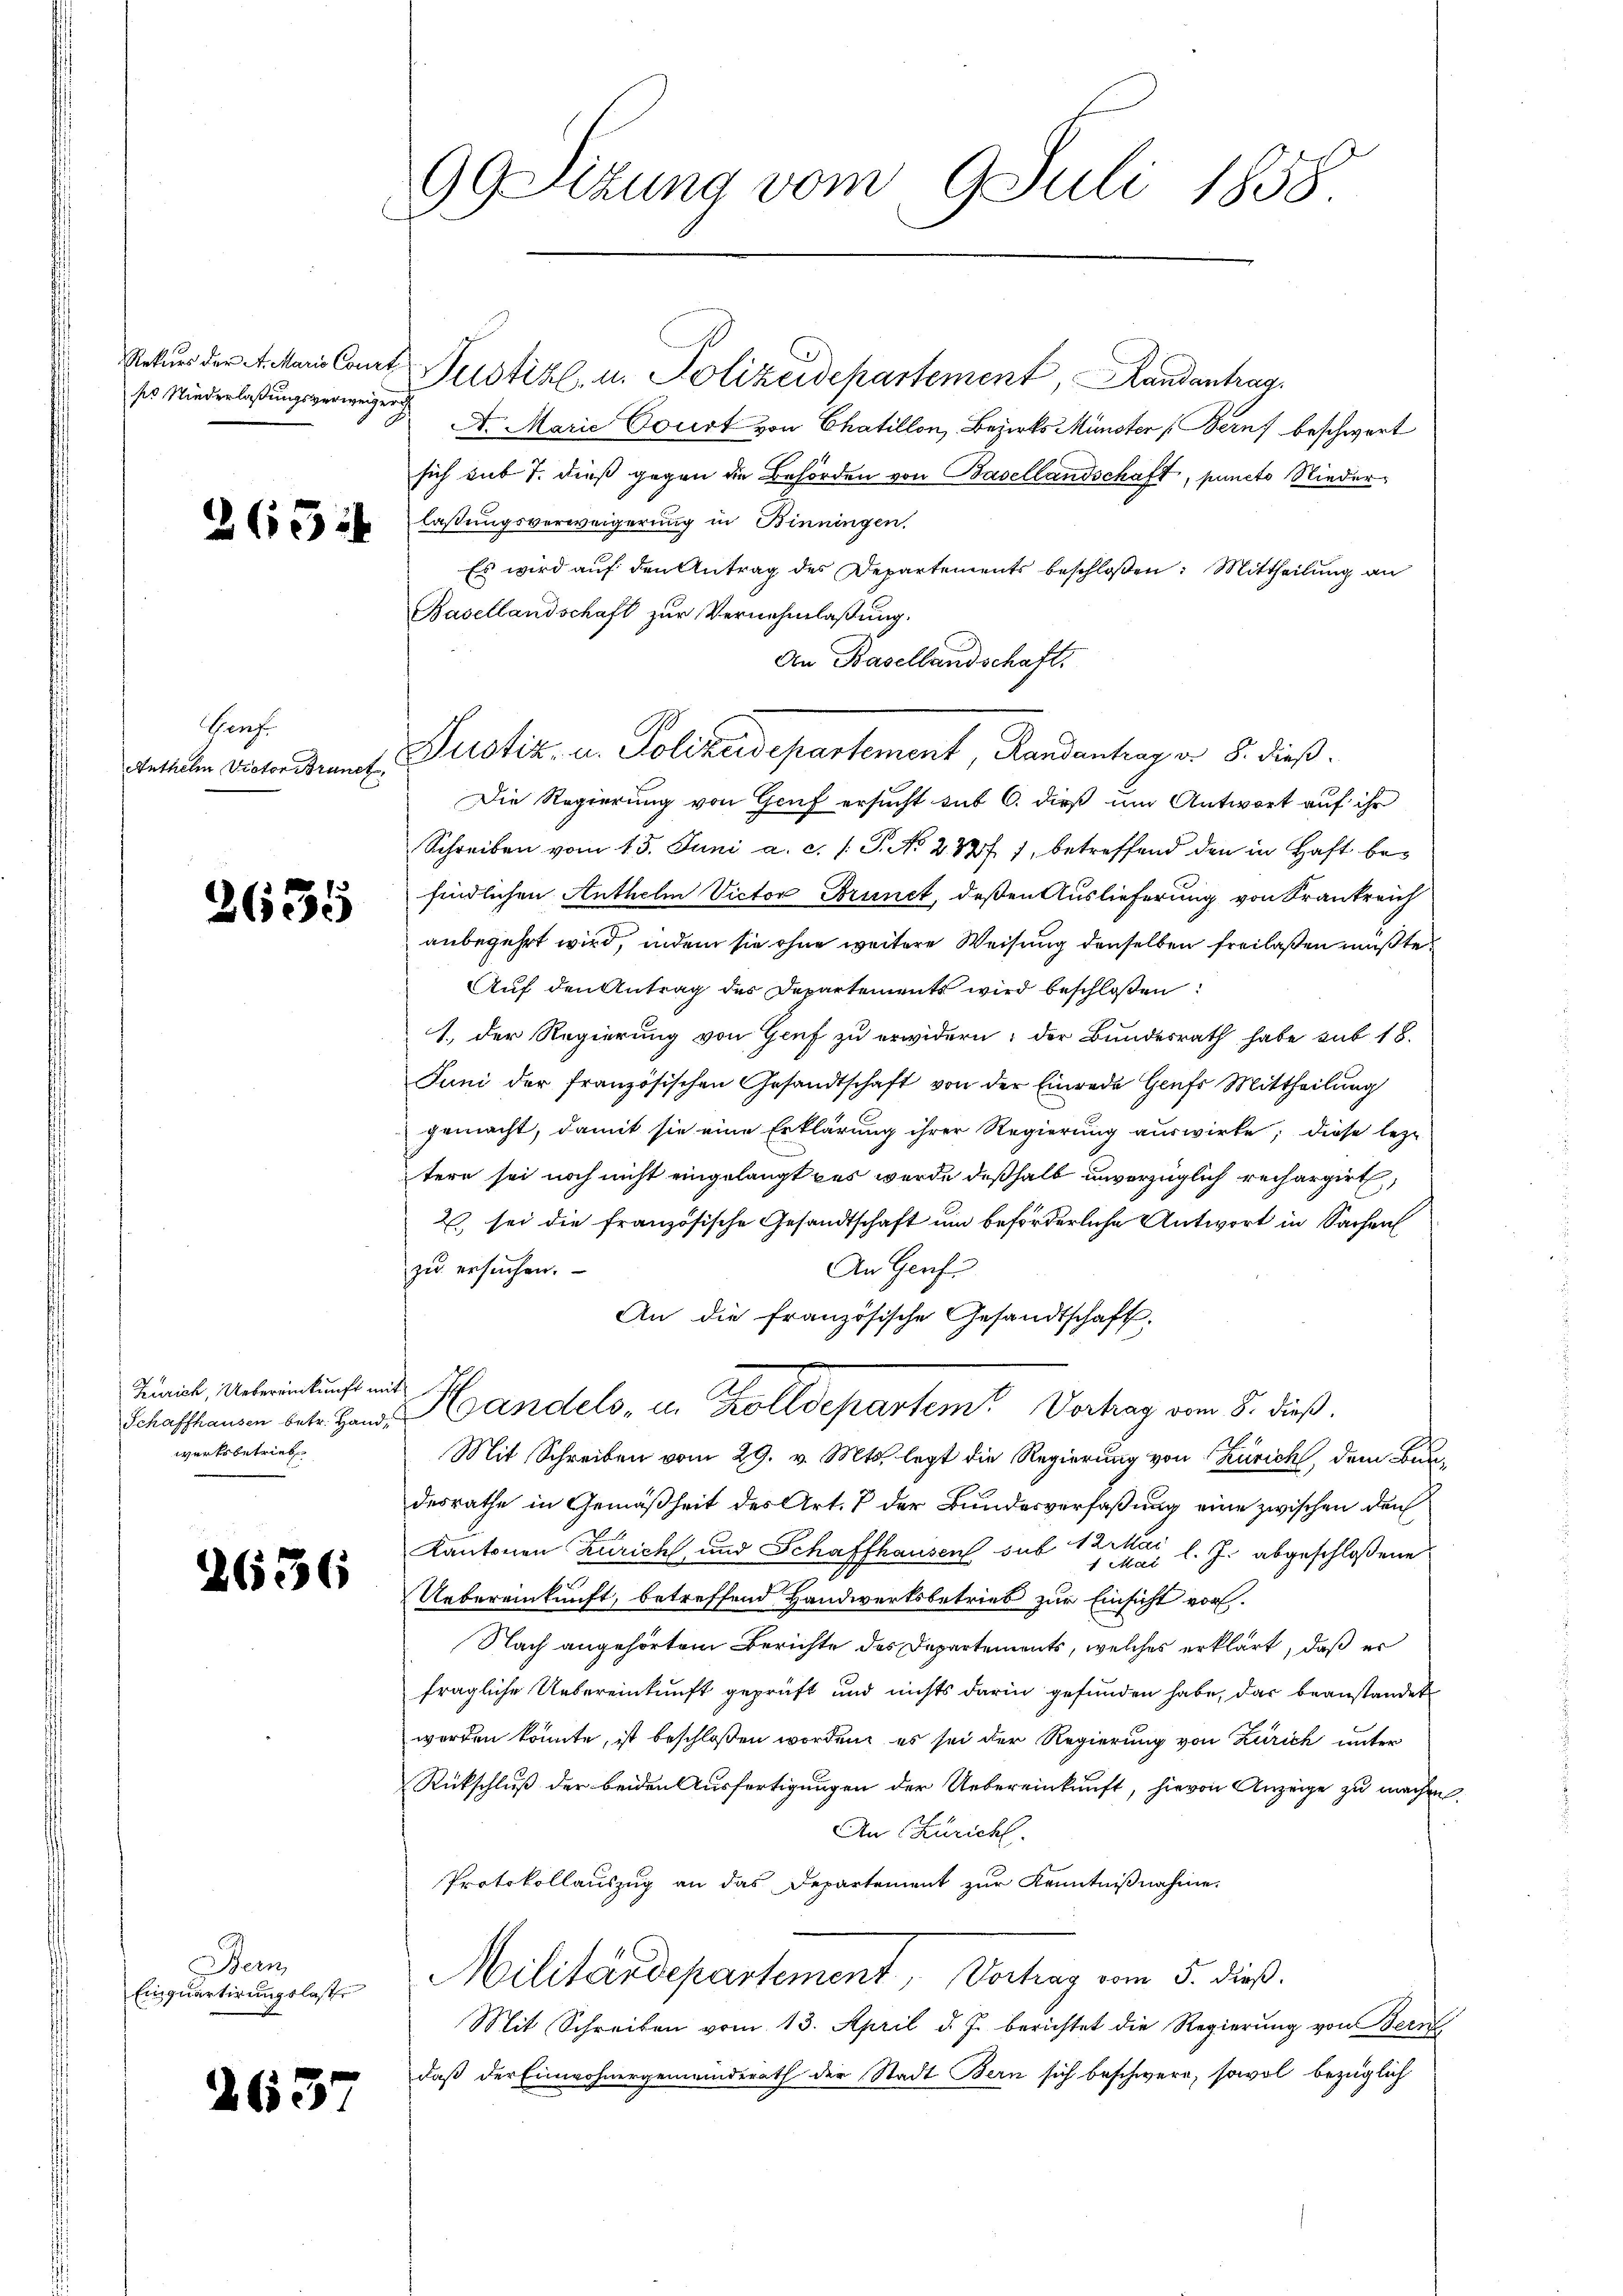
po Niederlaßungsverweiger

265

Hans
Anthelm Victor Brunet,

2635

Zürich, Uebereinkunft mit
werksbetrieb

2636

Bein

2657

Rekŭrs der A. Maris Cout. Justiz- u. Polizeidepartement, Handantrag
A. Marie Court von Chatillon, Bezirks Münster (Bern beschwert
sich sub 7. dieß gegen die Behörden von Basellandschaft, puncto Niederlassungsverweigerung in Binningen.
Es wird auf den Antrag des Departements beschloßen: Mittheilung an
Basellandschaft zur Vernehmlaßung.
An Basellandschaft.
Die Regierung von Genf ersucht sub 6. dieß um Antwort auf ihr
Schreiben vom 15. Juni a. c. l. J. No 238 f. 7, betreffend den in Haft befindlichen Anthelm Victor Brunct, deßen Auslieferung von Krankreich
anbegehrt wird, indem sie ohne weitere Weisung denselben freilaßen müßte.
Auf den Antrag des Departements wird beschloßen:
1. Der Regierung von Genf zu erwidern; der Bundesrath habe sub 18.
Juni der französischen Gesandtschaft von der Einrede Genfs Mittheilung
gemacht, damit sie eine Erklärung ihrer Regierung auswirke; diese lezt
tere sei noch nicht eingelangt pas wurde deßhalb unvorzüglich rechargirt,
2 sei die französische Gesandtschaft um beförderliche Antwort in Sachen
An Genf
zu ersuchen.
An die französische Gesandtschaft.
Schaftsamen dete zu Handels, u. Trolldepartem Vorlag vom 8. dieß.
Mit Schreiben vom 29. v. Mts. legt die Regierung von Zürich, dem Bun-
desrathe in Gemäßheit des Art. 7 der Bundesverfaßung eine zwischen den
Kantonen Zuricht, und Schaffhausen sub 1 l. J. abgeschloßene
.
Uebereinkunft, betreffend Handwerksbetrieb zur Einsicht vor.
Nach angehörtem Berichte des Departements, welches erklärt, daß er
fragliche Uebereinkunft geprüft und nichts darin gefunden habe, das beanstandet
werden könnte, ist beschloßen worden, es sei der Regierung von Zürich unter
Rückschluß der beiden Ausfertigungen der Uebereinkunft, hievon Anzeige zu machen.
An Züricht.
Protokollauszug an das Departement zur Kenntnißnahme.
Einuntirungsbest. Militärdepartement, Vortrag vom 5. dieß.
Mit Schreiben vom 13. April d. J. berichtet die Regierung von Bern
daß der Einwohnergemeinderath der Stadt Bern sich beschwere, sowol bezüglich

99 Sezung vom 9. Juli 1858.

Justiz- u. Polizeidepartement, Randantragen 8. dieß.